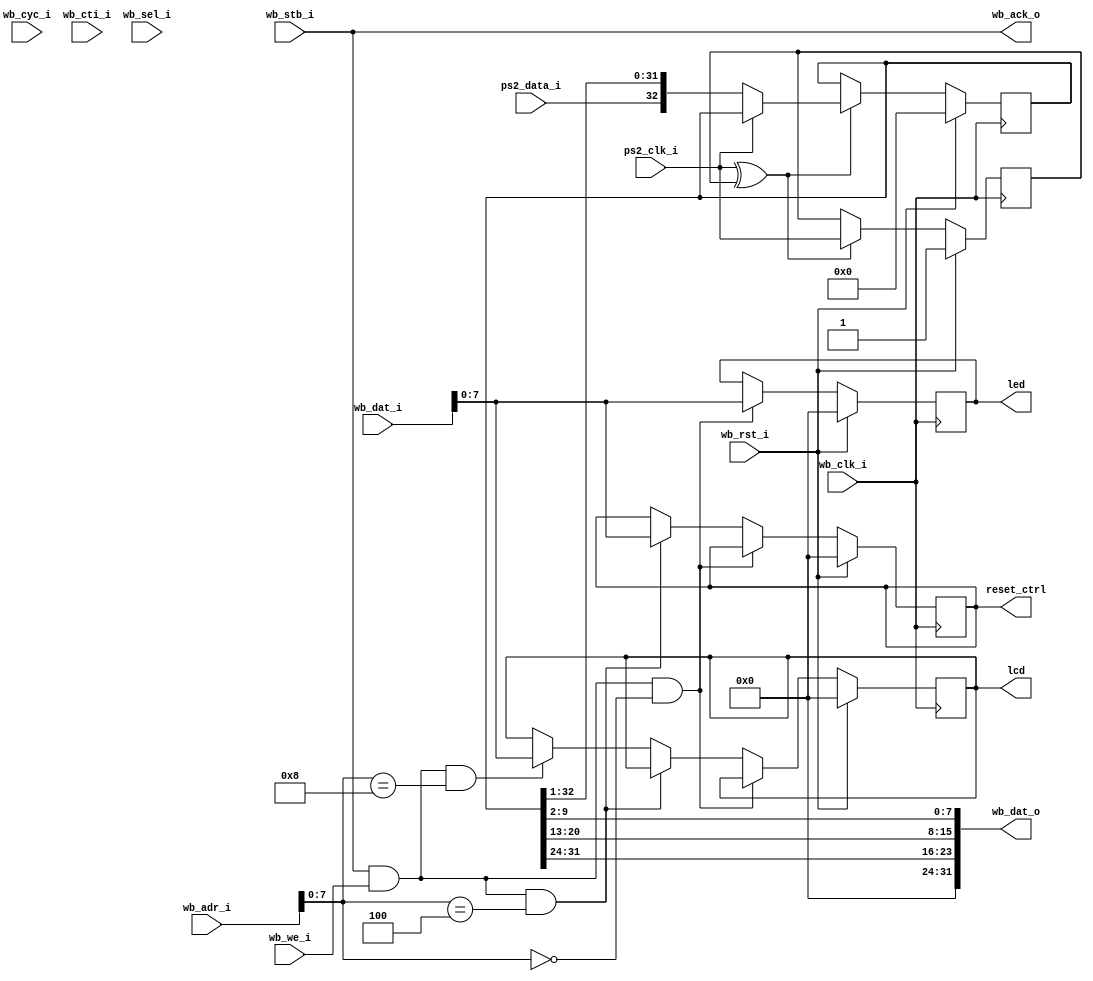
// This file is part of AjarDSP
//
// Copyright (c) 2011 Markus Lavin
// All rights reserved.
//
// Redistribution and use in source and binary forms, with or without
// modification, are permitted provided that the following conditions are
// met:
//
// 1. Redistributions of source code must retain the above copyright
//    notice, this list of conditions and the following disclaimer.
//
// 2. Redistributions in binary form must reproduce the above copyright
//    notice, this list of conditions and the following disclaimer in the
//    documentation and/or other materials provided with the distribution.
//
// 3. Neither the name of the <ORGANIZATION> nor the names of its
//    contributors may be used to endorse or promote products derived from
//    this software without specific prior written permission.
//
// THIS SOFTWARE IS PROVIDED BY THE COPYRIGHT HOLDERS AND CONTRIBUTORS
// "AS IS" AND ANY EXPRESS OR IMPLIED WARRANTIES, INCLUDING, BUT NOT
// LIMITED TO, THE IMPLIED WARRANTIES OF MERCHANTABILITY AND FITNESS FOR
// A PARTICULAR PURPOSE ARE DISCLAIMED. IN NO EVENT SHALL THE COPYRIGHT
// HOLDER OR CONTRIBUTORS BE LIABLE FOR ANY DIRECT, INDIRECT, INCIDENTAL,
// SPECIAL, EXEMPLARY, OR CONSEQUENTIAL DAMAGES (INCLUDING, BUT NOT
// LIMITED TO, PROCUREMENT OF SUBSTITUTE GOODS OR SERVICES; LOSS OF USE,
// DATA, OR PROFITS; OR BUSINESS INTERRUPTION) HOWEVER CAUSED AND ON ANY
// THEORY OF LIABILITY, WHETHER IN CONTRACT, STRICT LIABILITY, OR TORT
// (INCLUDING NEGLIGENCE OR OTHERWISE) ARISING IN ANY WAY OUT OF THE USE
// OF THIS SOFTWARE, EVEN IF ADVISED OF THE POSSIBILITY OF SUCH DAMAGE.

module wb_misc_io(
                  /* Wishbone interface */
                  wb_clk_i,
                  wb_rst_i,

                  wb_ack_o,
                  wb_dat_i,
                  wb_dat_o,
                  wb_adr_i,

                  wb_cyc_i,
                  wb_cti_i,
                  wb_sel_i,
                  wb_stb_i,
                  wb_we_i,

                  lcd,
                  led,
                  reset_ctrl,
                  ps2_clk_i,
                  ps2_data_i
                  );

   output wb_ack_o;
   input  wb_clk_i;
   input [31:0] wb_adr_i;
   input [31:0] wb_dat_i;
   output [31:0] wb_dat_o;
   input         wb_rst_i;
   input [3:0]   wb_sel_i;
   input         wb_cyc_i;
   input [2:0]   wb_cti_i;
   input         wb_stb_i;
   input         wb_we_i;

   output reg [7:0] lcd;
   output reg [7:0] led;
   output reg [7:0] reset_ctrl;

   input            ps2_clk_i;
   input            ps2_data_i;

   reg              prev_ps2_clk_r;
   reg [32:0]       ps2_shift_r;

   assign wb_ack_o = wb_stb_i;
   assign wb_dat_o = {ps2_shift_r[31:24], ps2_shift_r[20:13], ps2_shift_r[9:2]};

   always @(posedge wb_clk_i)
     begin
        if (wb_rst_i)
          begin
             lcd <= 0;
             led <= 0;
             reset_ctrl <= 0;
          end
        else if (wb_stb_i && wb_we_i && wb_adr_i[7:0] == 8'h00)
          begin
             led <= wb_dat_i;
          end
        else if (wb_stb_i && wb_we_i && wb_adr_i[7:0] == 8'h04)
          begin
             reset_ctrl <= wb_dat_i;
          end
        else if (wb_stb_i && wb_we_i && wb_adr_i[7:0] == 8'h08)
          begin
             lcd <= wb_dat_i;
          end

     end

   /* PS2 - begin */
   always @(posedge wb_clk_i)
     begin
        if (wb_rst_i)
          begin
             ps2_shift_r <= 0;
             prev_ps2_clk_r <= 1;
          end
        else if (ps2_clk_i ^ prev_ps2_clk_r)
          begin
             prev_ps2_clk_r <= ps2_clk_i;
             if (~ps2_clk_i)
               begin
                  ps2_shift_r <= {ps2_data_i, ps2_shift_r[32:1]};
               end
          end
     end
   /* PS2 - end */
endmodule